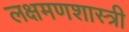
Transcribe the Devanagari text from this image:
लक्षमणशास्त्री